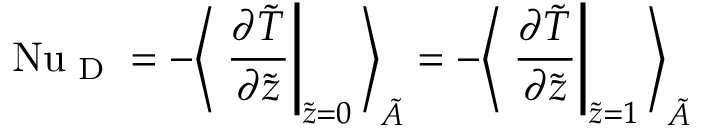
\ifmmode \mathrm { N u } _ { \textrm { D } } \else \mathrm { N u } _ { \textrm { D } } \fi = - \Bigg \langle \left. \frac { \partial \tilde { T } } { \partial \tilde { z } } \right| _ { \tilde { z } = 0 } \Bigg \rangle _ { \tilde { A } } = - \Bigg \langle \left. \frac { \partial \tilde { T } } { \partial \tilde { z } } \right| _ { \tilde { z } = 1 } \Bigg \rangle _ { \tilde { A } }